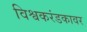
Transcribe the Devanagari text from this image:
विश्वकरंडकावर